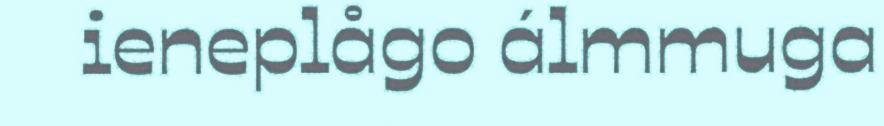
ieneplågo álmmuga